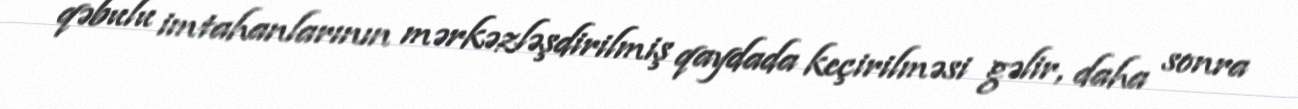
qəbulu imtahanlarının mərkəzləşdirilmiş qaydada keçirilməsi gəlir, daha sonra